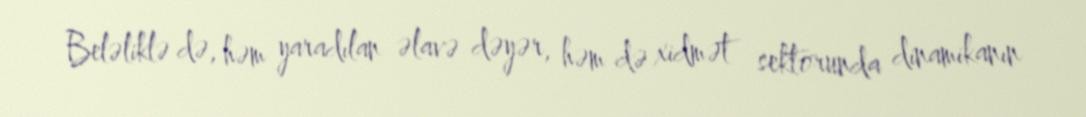
Beləliklə də, həm yaradılan əlavə dəyər, həm də xidmət sektorunda dinamikanın